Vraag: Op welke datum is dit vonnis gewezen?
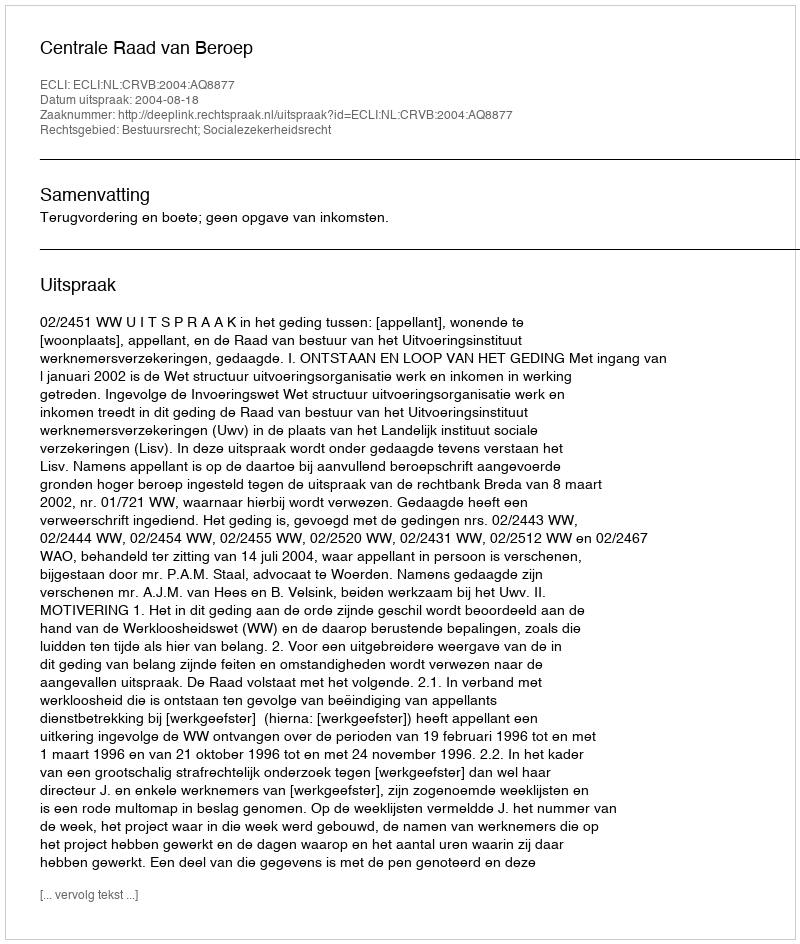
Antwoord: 2004-08-18